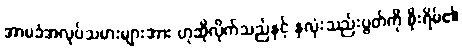
အာမခံအလုပ်သမားများအား ဟုဆိုလိုက်သည်နှင့် နှလုံးသည်းပွတ်ကို စိုးရိမ်၏